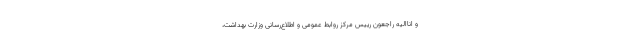
و اناالیه راجعون رییس مرکز روابط عمومی و اطلاع‌رسانی وزارت بهداشت،